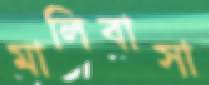
মালিবাসা